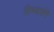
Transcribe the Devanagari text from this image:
तिच्यासंगे